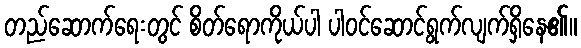
တည်ဆောက်ရေးတွင် စိတ်ရောကိုယ်ပါ ပါဝင်ဆောင်ရွက်လျက်ရှိနေ၏။